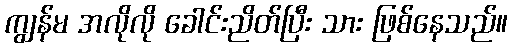
ကျွန်မ အလိုလို ခေါင်းညိတ်ပြီး သား ဖြစ်နေသည်။